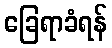
ခြေရာခံရန်